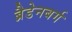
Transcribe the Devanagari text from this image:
ब्रैडेनबर्ग